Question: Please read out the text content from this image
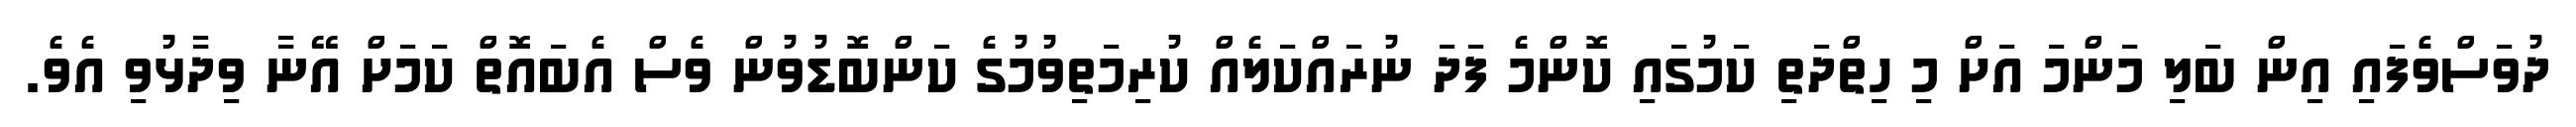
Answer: ދުވަސްވެފައި އިން ބަލި މަންމަ އަށް މި ހިތްދަތި ކަމުގައި ކޮންމެ ފަދަ ނުރައްކަލެއް ކުރިމަތިވުމުގެ ކަންބޮޑުވުން ވެސް އެބައޮތް ކަމަށް އޭނާ ވިދާޅުވި އެވެ.